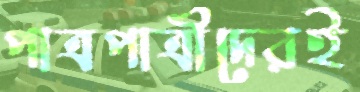
পাত্রপাত্রীদেরই